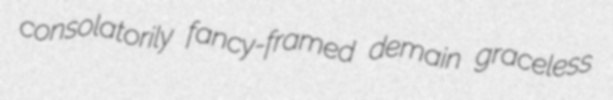
consolatorily fancy-framed demain graceless